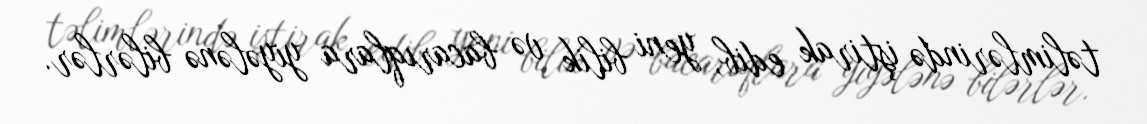
təlimlərində iştirak edib, yeni bilik və bacarıqlara yiyələnə bilərlər.